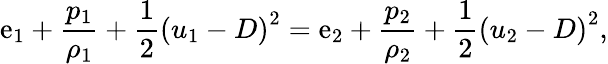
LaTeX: \mathrm{e}_{1}+\frac{{p_{1}}}{{\rho_{1}}}+\frac{{1}}{{2}}\left(u_{1}-D\right)^{2}=\mathrm{e}_{2}+\frac{{p_{2}}}{{\rho_{2}}}+\frac{{1}}{{2}}\left(u_{2}-D\right)^{2},